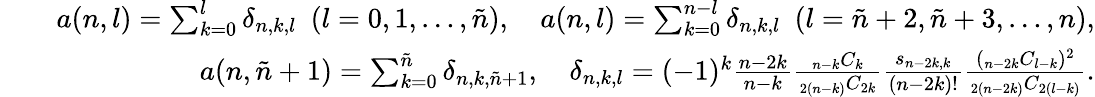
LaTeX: \begin{array}{rlr}&{}&{a(n,l)=\sum_{k=0}^{l}\delta_{n,k,l}\ \ (l=0,1,\ldots,\tilde{n}),\quad a(n,l)=\sum_{k=0}^{n-l}\delta_{n,k,l}\ \ (l=\tilde{n}+2,\tilde{n}+3,\ldots,n),}\\ &{}&{a(n,\tilde{n}+1)=\sum_{k=0}^{\tilde{n}}\delta_{n,k,\tilde{n}+1},\quad\delta_{n,k,l}=(-1)^{k}\frac{n-2k}{n-k}\frac{_{n-k}C_{k}}{_{2(n-k)}C_{2k}}\frac{s_{n-2k,k}}{(n-2k)!}\frac{(_{n-2k}C_{l-k})^{2}}{_{2(n-2k)}C_{2(l-k)}}.}\end{array}